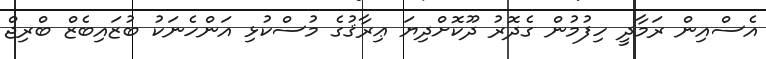
އެސްއިން ރަމާދީ ހިފުމުން ގެދޮރު ދޫކޮށްދިޔަ ޢިރާޤުގެ މުސްކުޅި އަންހެނަކު ބުޒައިބެޒް ބްރިޖް